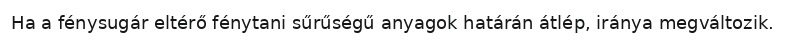
Ha a fénysugár eltérő fénytani sűrűségű anyagok határán átlép, iránya megváltozik.